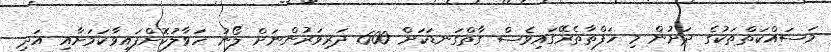
މަސައްކަތްތަކުގެ ދަށުން މި ހަފްތާތެރޭގައިވެސް ގާތްގަނޑަކަށް 600 ދަރިވަރުންނަށް ލޯނު ހަވާލުކޮށްފައިވާކަމަށާއި އަދި